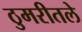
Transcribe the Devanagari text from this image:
ठुमरीतले